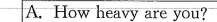
A.How heavy are you?